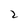
Character: 2